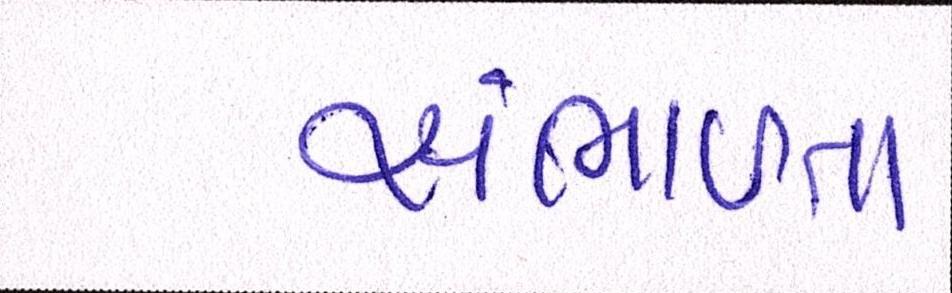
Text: સંભાળતા